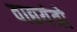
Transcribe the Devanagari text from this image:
वाद्ययंत्रो